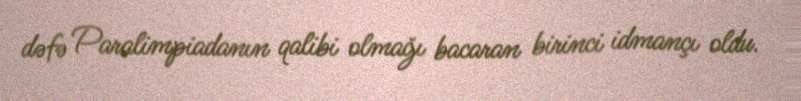
dəfə Paralimpiadanın qalibi olmağı bacaran birinci idmançı oldu.